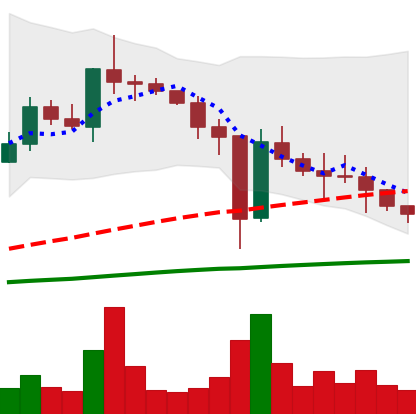
Ticker: XLM-USD
Chart end date: 2020-12-31
Forward return: 51.767%
Label: up_7plus